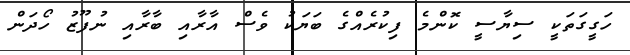
ހަގީގަތަކީ ސިޔާސީ ކޮންމެ ފިކުރެއްގެ ބަޔަކު ވެސް އާރާއި ބާރާއި ނުފޫޒު ހޯދަން